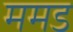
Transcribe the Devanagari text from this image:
ममड